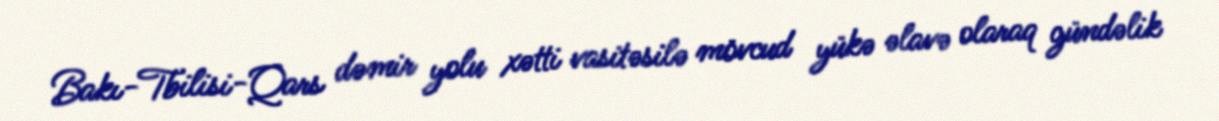
Bakı-Tbilisi-Qars dəmir yolu xətti vasitəsilə mövcud yükə əlavə olaraq gündəlik